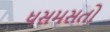
ધસમસતો